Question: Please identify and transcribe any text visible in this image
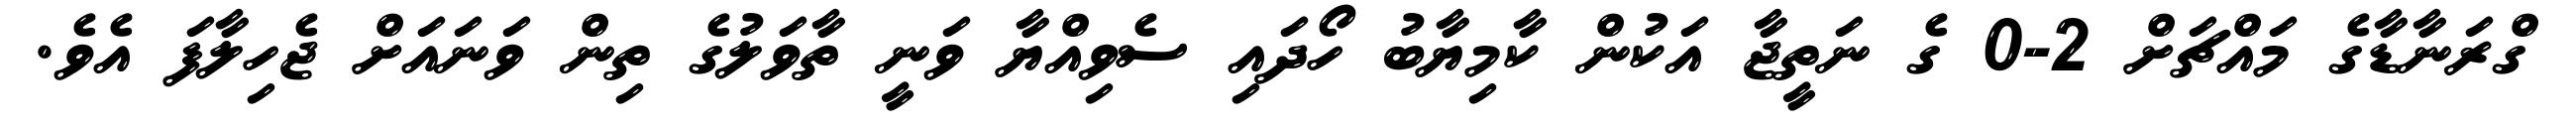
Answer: ގްރަނާޑާގެ މައްޗަށް 2-0 ގެ ނަތީޖާ އަކުން ކާމިޔާބު ހޯދައި ސެވިއްޔާ ވަނީ ތާވަލުގެ ތިން ވަނައަށް ޖެހިލާފަ އެވެ.